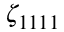
\zeta _ { 1 1 1 1 }